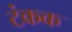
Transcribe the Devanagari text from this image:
टंकक